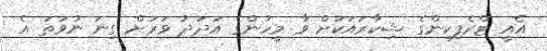
އެއީ ޓްރެފިކިންގެ ޝިކާރައަކަށް ވާ މީހުންގެ އަދަދު ވަރަށް ގިނަ ނުވަތަ އެ